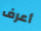
أعرف